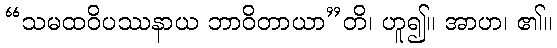
“သမထဝိပဿနာယ ဘာဝိတာယာ”တိ၊ ဟူ၍။ အာဟ၊ ၏။